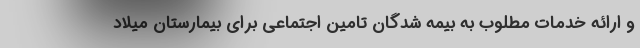
و ارائه خدمات مطلوب به بيمه شدگان تامين اجتماعي براي بيمارستان ميلاد